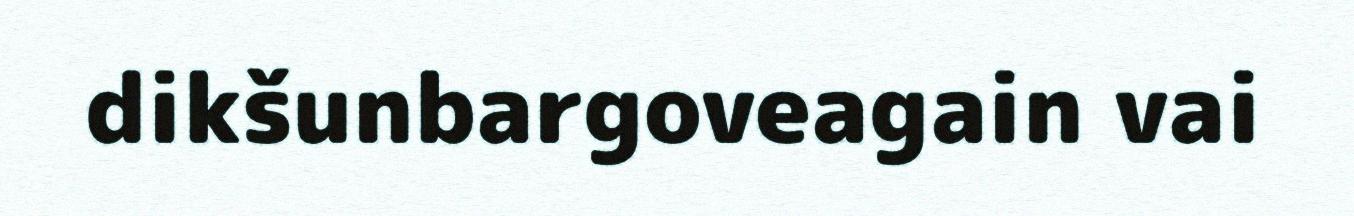
dikšunbargoveagain vai